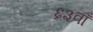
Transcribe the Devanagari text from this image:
६३वाँ